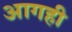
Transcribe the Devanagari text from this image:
आगही